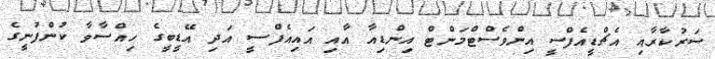
ސަރުކާރާއި އެޗްޑީއެފްސީ އިންވެސްޓްމަންޓް އިންޑިއާ އާއި އައިއެފްސީ އަދި އޭޑީބީގެ ހިއްސާވާ ކުންފުނީގެ